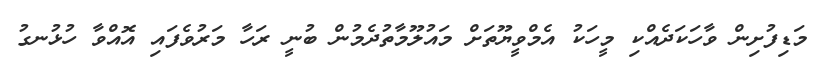
މަޑިފުށިން ވާހަކަދެއްކި މީހަކު އެމްވީޔޫތަށް މައުލޫމާތުދެމުން ބުނީ ރަހާ މަރުވެފައި އޮއްވާ ހުޅުނގު